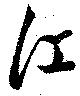
江